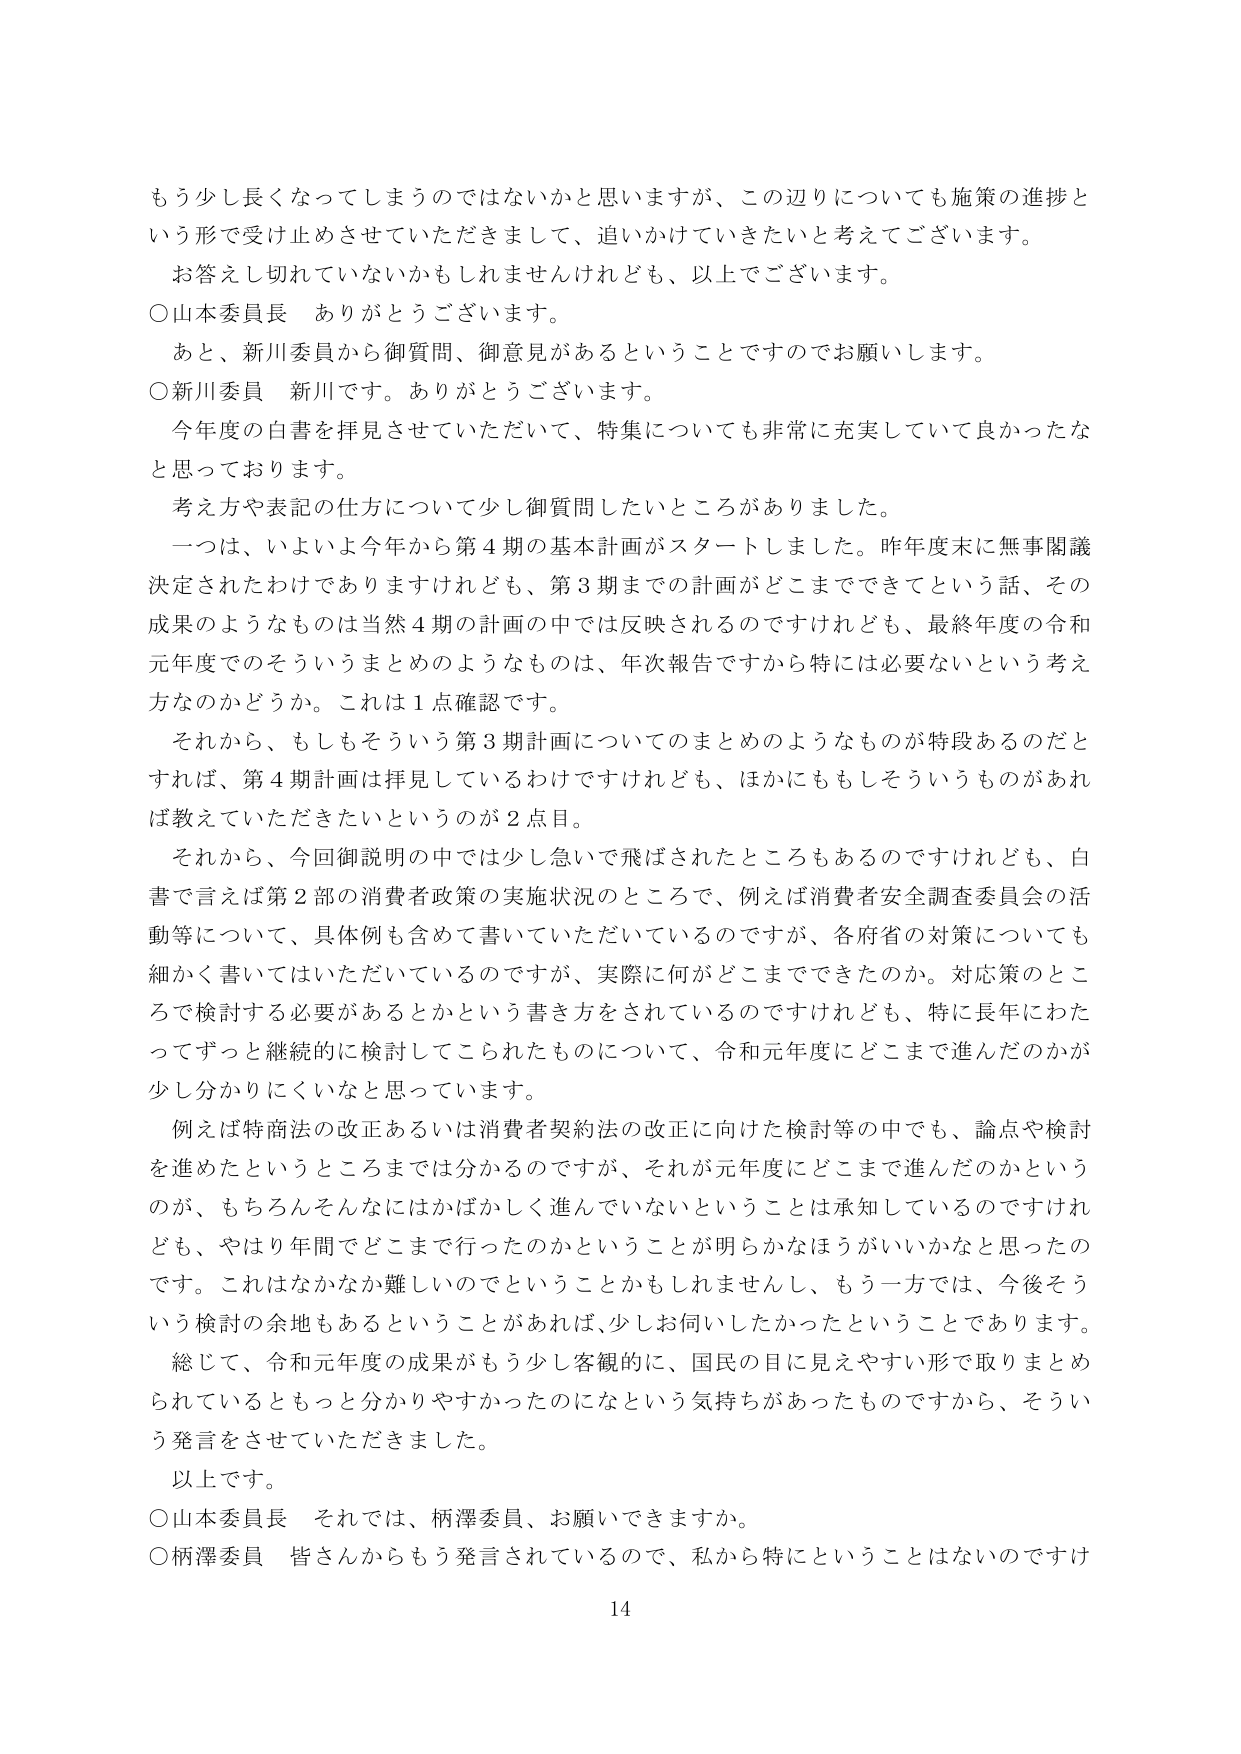
もう少し長くなってしまうのではないかと思いますが、この辺りについても施策の進捗という形で受け止めさせていただきまして、追いかけていきたいと考えてございます。

お答えし切れていないかもしれませんが、以上でございます。

○山本委員長　ありがとうございます。

あと、新川委員から御質問、御意見があるということですのでお願いします。

○新川委員　新川です。ありがとうございます。

今年度の白書を拝見させていただいて、特集についても非常に充実していて良かったなと思っております。

考え方や表記の仕方について少し御質問したいところがありました。

一つは、いよいよ今年から第４期の基本計画がスタートしました。昨年度末に無事閣議決定されたわけではありますけれども、第３期までの計画がどこまでできてという話、その成果のようなものは当然４期の計画の中では反映されるのですけれども、最終年度の令和元年度でのそういうまとめのようなものは、年次報告ですから特に必要ないという考え方なのかどうか。これは１点確認です。

それから、もしもそういう第３期計画についてのまとめのようなものが特段あるのだとすれば、第４期計画は拝見しているわけですが、ほかにももしそういうものがあれば教えていただきたいというのが２点目。

それから、今回御説明の中では少し急いで飛ばされたところもあるのですけれども、白書で言えば第２部の消費者政策の実施状況のところで、例えば消費者安全調査委員会の活動等について、具体例も含めて書いていただいているのですが、各府省の対策についても細かく書いてはいただいているのですが、実際に何がどこまでできたのか。対応策のところで検討する必要があるとかという書き方をされているのですけれども、特に長年にわたってずっと継続的に検討してこられたものについて、令和元年度にどこまで進んだのかが少し分かりにくいなと思っています。

例えば特商法の改正あるいは消費者契約法の改正に向けた検討等の中でも、論点や検討を進めたというところまでは分かるのですが、それが元年度にどこまで進んだのかというのが、もちろんそんなにはかばかしく進んでいないということは承知しているのですけれども、やはり年間でどこまで行ったのかということが明らかなほうがいいかなと思ったのです。これはなかなか難しいのではということもかもしれませんが、もう一方では、今後そういう検討の余地もあるということがあれば、少しお伺いしたかったということです。

総じて、令和元年度の成果がもう少し客観的に、国民の目に見えやすい形で取りまとめられているともっと分かりやすかったのになという気持ちがあったものですから、そういう発言をさせていただきました。

以上です。

○山本委員長　それでは、柄澤委員、お願いできますか。

○柄澤委員　皆さんからもう発言されているので、私から特にということはないのですけ

14